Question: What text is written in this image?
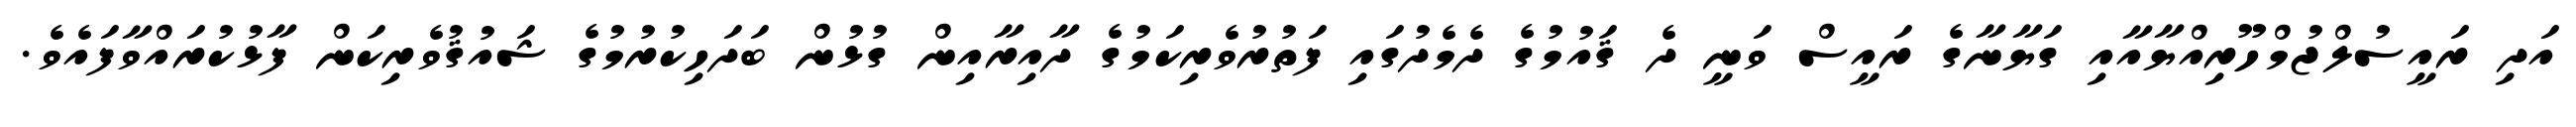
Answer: އަދި ރައީސުލްޖުމްހޫރިއްޔާއާއި ގަޔާނާގެ ރައީސް ވަނީ ދެ ޤައުމުގެ ދެމެދުގައި ފަތުރުވެރިކަމުގެ ދާއިރާއިން ގުޅުން ބަދަހިކުރުމުގެ ޝައުޤުވެރިކަން ފާޅުކުރައްވާފައެވެ.